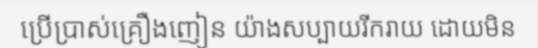
ប្រើប្រាស់គ្រឿងញៀន យ៉ាងសប្បាយរីករាយ ដោយមិន